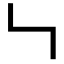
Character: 𠃑